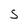
Character: S